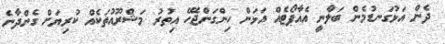
ދެން އަޅުގަނޑުމެން ބަލާނީ އެއާޕޯޓެއް އަޅަން ހިންގަންޖެހޭ އިތުރު މަޝްރޫއުތަކެއް ކުރިޔަށް ގެންދާނެ